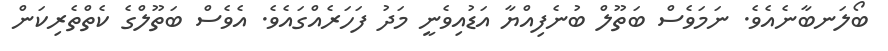
ބޯލަނބާނެއެވެ. ނަމަވެސް ބަތޫލް ބުނެފިއްޔާ އަޑުއިވެނީ މަދު ފަހަރެއްގައެވެ. އެވެސް ބަތޫލްގެ ކެތްތެރިކަން